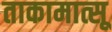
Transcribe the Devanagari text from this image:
ताकामात्सू